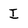
Character: I